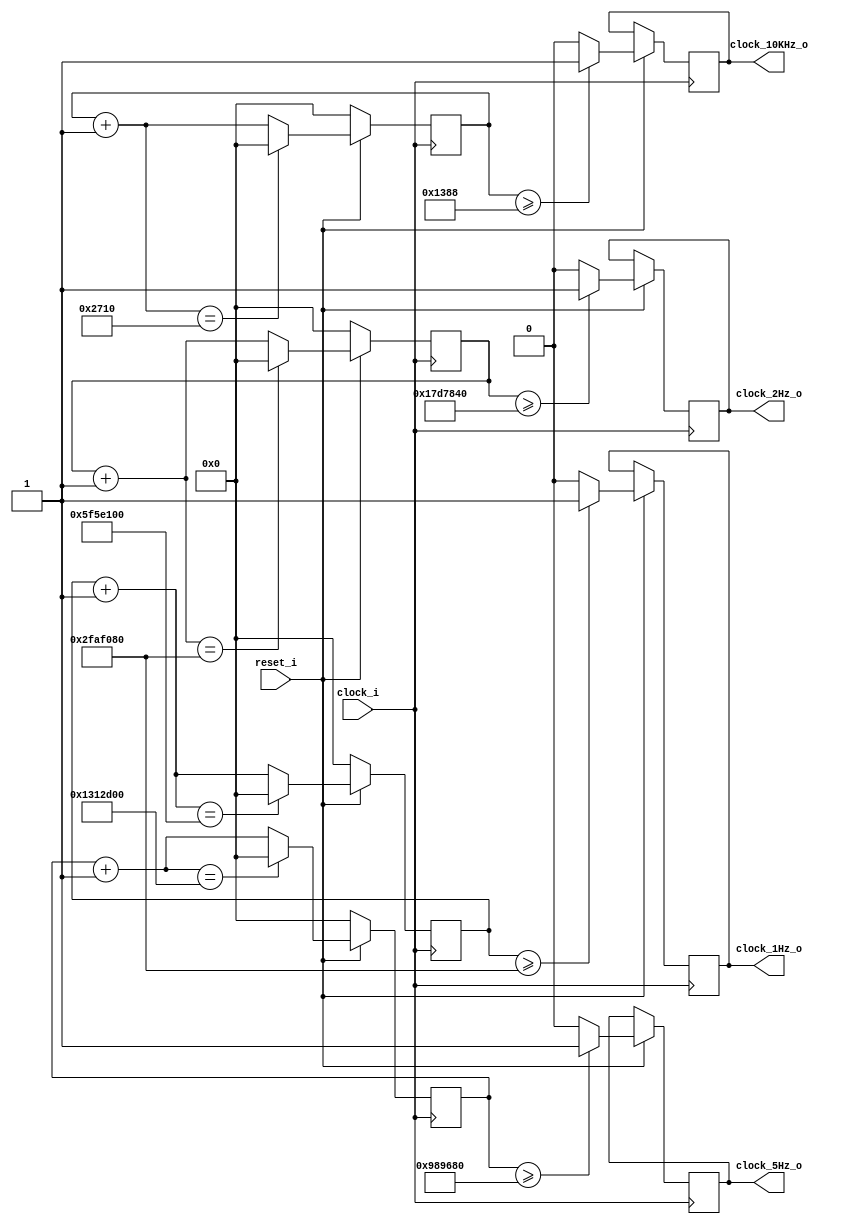
`timescale 1ns / 1ps
//////////////////////////////////////////////////////////////////////////////////
// Company: 
// Engineer: 
// 
// Design Name: 
// Module Name: ClockDivider
// Project Name: 
// Target Devices: 
// Tool Versions: 
// Description: 
// 
// Dependencies: 
// 
// Revision:
// Revision 0.01 - File Created
// Additional Comments:
// 
//////////////////////////////////////////////////////////////////////////////////


// Verilog implementation of 100MHz to 1Hz, 5Hz, 10Hz
module ClockDivider(
    input clock_i,
    input reset_i,
    output reg clock_1Hz_o,
    output reg clock_2Hz_o,
    output reg clock_5Hz_o,
    output reg clock_10KHz_o
    );
    
    reg [27:0]count_1Hz;
    reg [27:0]count_2Hz;
    reg [27:0]count_5Hz;
    reg [27:0]count_10KHz;
    
    parameter divisor_1Hz = 28'd100000000;
    parameter divisor_2Hz = 28'd50000000;
    parameter divisor_5Hz = 28'd20000000;
    parameter divisor_10KHz = 28'd10000;
   
    always @ (posedge clock_i) begin
        if (reset_i == 0) begin
            count_1Hz = 28'd0;
            count_2Hz = 28'd0;
            count_5Hz = 28'd0;
            count_10KHz = 3'd0;
        end else begin
        
            if (count_1Hz >= divisor_1Hz/2) begin
                clock_1Hz_o = 1'b1;
            end else begin
                clock_1Hz_o = 1'b0;
            end //else
            if (count_2Hz >= divisor_2Hz/2) begin
                clock_2Hz_o = 1'b1;
            end else begin
                clock_2Hz_o = 1'b0;
            end //else
            if (count_5Hz >= divisor_5Hz/2) begin
                clock_5Hz_o = 1'b1;
            end else begin
                clock_5Hz_o = 1'b0;
            end //else
            if (count_10KHz >= divisor_10KHz/2) begin
                clock_10KHz_o = 1'b1;
            end else begin
                clock_10KHz_o = 1'b0;
            end //else
            
            count_1Hz = count_1Hz + 1;
            count_2Hz = count_2Hz + 1;
            count_5Hz = count_5Hz + 1;
            count_10KHz = count_10KHz + 1;
            
            if (count_1Hz == divisor_1Hz) begin
                count_1Hz <= 28'd0;
            end //if
            if (count_2Hz == divisor_2Hz) begin
                count_2Hz <= 28'd0;
            end //if
            if (count_5Hz == divisor_5Hz) begin
                count_5Hz <= 28'd0;
            end //if
            if (count_10KHz == divisor_10KHz) begin
                count_10KHz <= 3'd0;
            end //if
        end //else
    end//always
endmodule